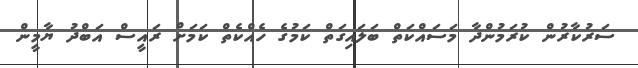
ސަރުކާރުން ކުރަމުންދާ މަސައްކަތް ބަލައިގަތް ކަމުގެ ހެއްކެތް ކަމަށް ރައީސް އަބްދު ޔާމީން